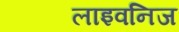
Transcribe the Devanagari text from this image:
लाइवनिज